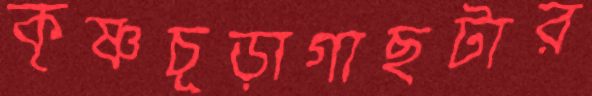
কৃষ্ণচূড়াগাছটার